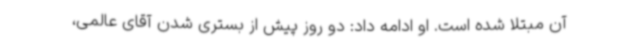
آن مبتلا شده است. او ادامه داد: دو روز پیش از بستری شدن آقای عالمی،